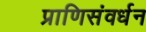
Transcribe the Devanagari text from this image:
प्राणिसंवर्धन